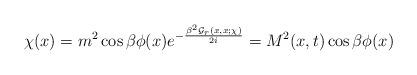
LaTeX: \begin{align*}\chi(x) = m^2 \cos \beta \phi(x) e^{-\frac{\beta^2 {\cal G}_r(x,x;\chi)}{2i}} = M^2(x,t) \cos \beta \phi(x) \end{align*}